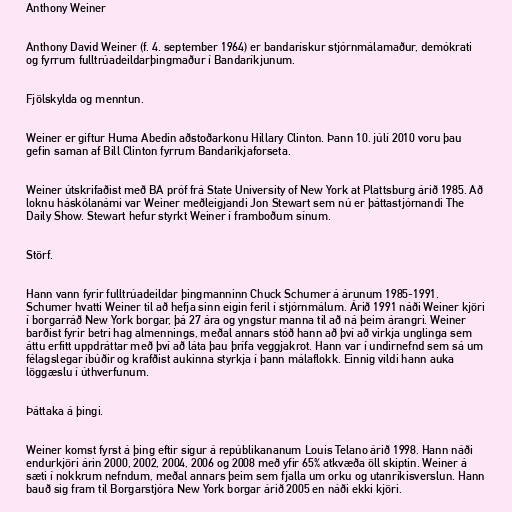
Anthony Weiner

Anthony David Weiner (f. 4. september 1964) er bandarískur stjórnmálamaður, demókrati
og fyrrum fulltrúadeildarþingmaður í Bandaríkjunum.

Fjölskylda og menntun.

Weiner er giftur Huma Abedin aðstoðarkonu Hillary Clinton. Þann 10. júlí 2010 voru þau
gefin saman af Bill Clinton fyrrum Bandaríkjaforseta.

Weiner útskrifaðist með BA próf frá State University of New York at Plattsburg árið 1985. Að
loknu háskólanámi var Weiner meðleigjandi Jon Stewart sem nú er þáttastjórnandi The
Daily Show. Stewart hefur styrkt Weiner í framboðum sínum.

Störf.

Hann vann fyrir fulltrúadeildar þingmanninn Chuck Schumer á árunum 1985-1991.
Schumer hvatti Weiner til að hefja sinn eigin feril í stjórnmálum. Árið 1991 náði Weiner kjöri
í borgarráð New York borgar, þá 27 ára og yngstur manna til að ná þeim árangri. Weiner
barðist fyrir betri hag almennings, meðal annars stóð hann að því að virkja unglinga sem
áttu erfitt uppdráttar með því að láta þau þrífa veggjakrot. Hann var í undirnefnd sem sá um
félagslegar íbúðir og krafðist aukinna styrkja í þann málaflokk. Einnig vildi hann auka
löggæslu í úthverfunum.

Þáttaka á þingi.

Weiner komst fyrst á þing eftir sigur á repúblikananum Louis Telano árið 1998. Hann náði
endurkjöri árin 2000, 2002, 2004, 2006 og 2008 með yfir 65% atkvæða öll skiptin. Weiner á
sæti í nokkrum nefndum, meðal annars þeim sem fjalla um orku og utanríkisverslun. Hann
bauð sig fram til Borgarstjóra New York borgar árið 2005 en náði ekki kjöri.